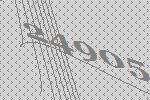
24905